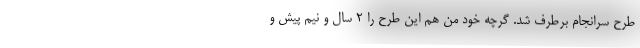
طرح سرانجام برطرف شد. گرچه خود من هم این طرح را ۲ سال و نیم پیش و